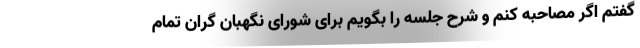
گفتم اگر مصاحبه کنم و شرح جلسه را بگویم برای شورای نگهبان گران تمام